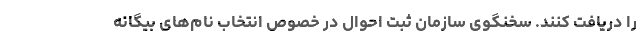
را دریافت کنند. سخنگوی سازمان ثبت احوال در خصوص انتخاب نام‌های بیگانه